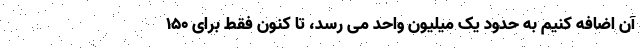
آن اضافه کنیم به حدود یک میلیون واحد می رسد، تا کنون فقط برای ۱۵۰